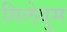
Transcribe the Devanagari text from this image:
गिलेयुम